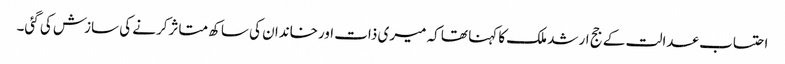
احتساب عدالت کے جج ارشد ملک کا کہنا تھا کہ میری ذات اورخاندان کی ساکھ متاثرکرنے کی سازش کی گئی۔